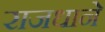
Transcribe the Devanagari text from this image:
राजधाने